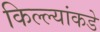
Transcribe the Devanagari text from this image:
किल्ल्यांकडे